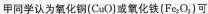
甲同学认为氧化铜(CuO)或氧化铁(Fe_{2} 2O_{3})，可